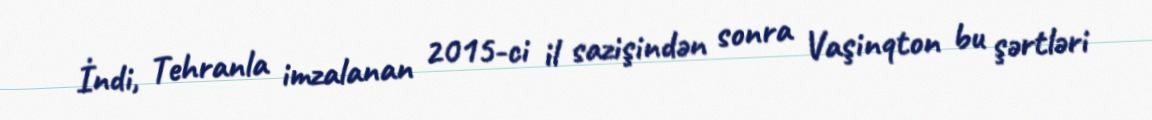
İndi, Tehranla imzalanan 2015-ci il sazişindən sonra Vaşinqton bu şərtləri